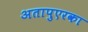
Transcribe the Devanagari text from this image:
अतापुएरका